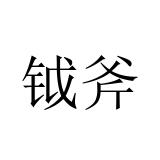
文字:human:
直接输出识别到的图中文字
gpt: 钺斧